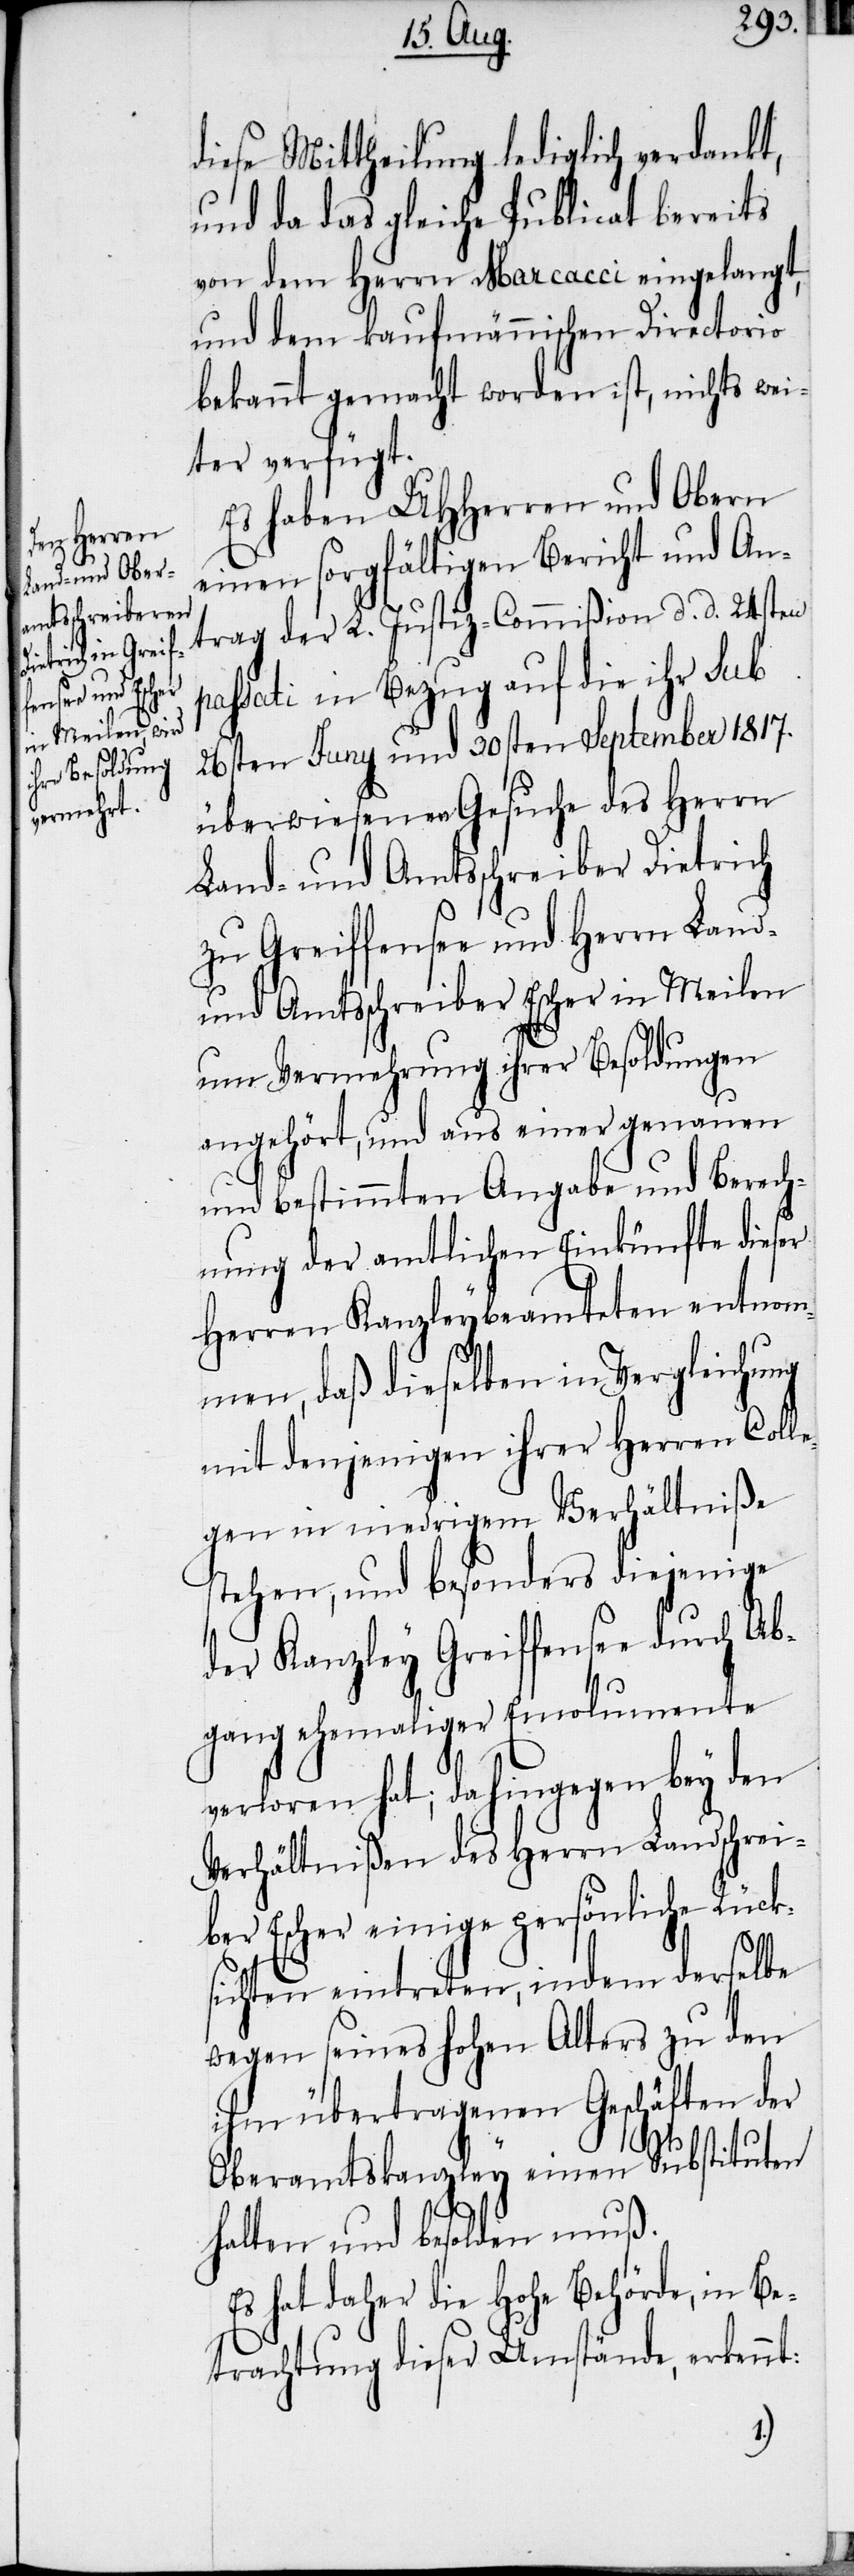
diese Mittheilung lediglich verdankt,
und da das gleiche Publicat bereits
von dem Herrn Marcacci eingelangt,
und dem kaufmännischen Directorio
bekannt gemacht worden ist, nichts wei¬
ter verfügt.
Es haben UHHerren und Obern
einen sorgfältigen Bericht und An¬
trag der L. Justiz-Commißion d. d. 24sten
passati in Bezug auf die ihr sub
26sten Juny und 30sten September 1817.
überwiesenen Gesuche des Herrn
Land- und Amtsschreiber Dietrich
zu Greiffensee und Herrn Land-
und Amtsschreiber Escher in Meilen
um Vermehrung ihrer Besoldungen
angehört, und aus einer genauen
und bestimmten Angabe und Berech¬
nung der amtlichen Einkünfte dieser
Herren Kanzleybeamteten entno¬
mmen, daß dieselben in Vergleichung
mit denjenigen ihrer Herren Coll¬
egen in niedrigem Verhältniße
stehen, und besonders diejenige
der Kanzley Greiffensee durch Ab¬
gang ehemaliger Emolumente
verloren hat; dahingegen bey den
Verhältnißen des Herrn Landschrei¬
ber Escher einige persönliche Rück¬
sichten eintreten, indem derselbe
wegen seines hohen Alters zu den
ihm übertragenen Geschäften der
Oberamtskanzley einen Substituten
halten und besolden muß.
Es hat daher die Hohe Behörde, in Be¬
trachtung dieser Umstände, erkennt: